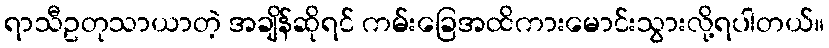
ရာသီဥတုသာယာတဲ့ အချိန်ဆိုရင် ကမ်းခြေအထိကားမောင်းသွားလို့ရပါတယ်။